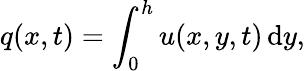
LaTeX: q(x,t)=\int_{0}^{h}u(x,y,t)\mathop{}\! \mathrm{d}y,